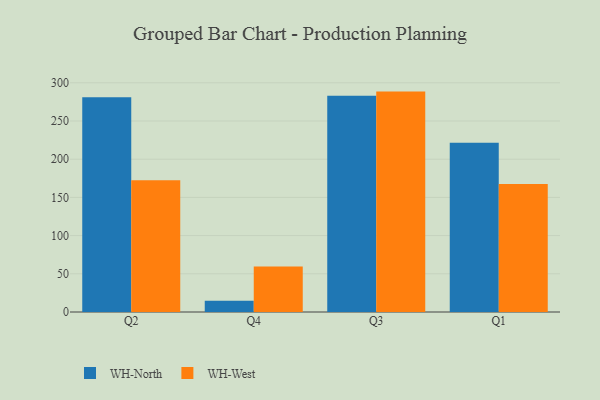
{"axis": {"x": "Quarter", "y": "Gross Profit (USD K)"}, "legend": ["WH-North", "WH-West"], "data": [{"x": "Q2", "y": 281.2, "type": "WH-North"}, {"x": "Q2", "y": 172.6, "type": "WH-West"}, {"x": "Q4", "y": 14.6, "type": "WH-North"}, {"x": "Q4", "y": 59.7, "type": "WH-West"}, {"x": "Q3", "y": 283.2, "type": "WH-North"}, {"x": "Q3", "y": 288.5, "type": "WH-West"}, {"x": "Q1", "y": 221.4, "type": "WH-North"}, {"x": "Q1", "y": 167.6, "type": "WH-West"}]}